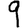
Digit: 9